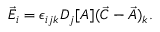
\vec { E } _ { i } = \epsilon _ { i j k } D _ { j } [ A ] ( \vec { C } - \vec { A } ) _ { k } .